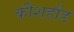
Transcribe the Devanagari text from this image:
कीशहोंड